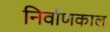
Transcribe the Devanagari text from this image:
निर्वाणकाल